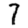
Digit: 7